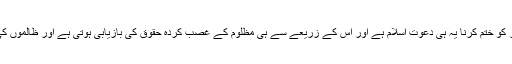
اور خیر کا قیام و شر کو ختم کرنا یہ ہی دعوت اسلام ہے اور اس کے زریعے سے ہی مظلوم کے غصب کردہ حقوق کی بازیابی ہوتی ہے اور ظالموں کی مخالفت ہوتی ہے’۔